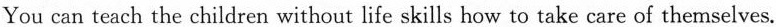
You can teach the children without life skills how to take care of themselves.